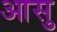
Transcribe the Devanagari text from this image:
आसु